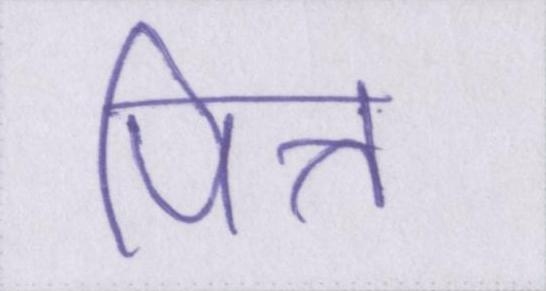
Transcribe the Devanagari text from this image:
पित्त